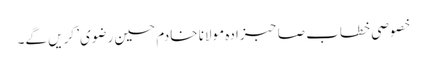
خصوصی خطاب صاحبزادہ مولانا خادم حسین رضوی’ کریں گے۔